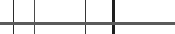
٦٠